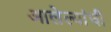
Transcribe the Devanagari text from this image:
आलेल्यांची